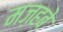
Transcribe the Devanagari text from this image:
मज़हबे